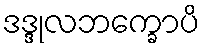
ဒဒ္ဒုလဘက္ခောပိ